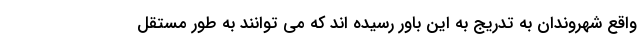
واقع شهروندان به تدریج به این باور رسیده اند که می توانند به طور مستقل